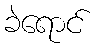
ခဲရောင်